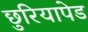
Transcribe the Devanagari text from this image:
छुरियापेड